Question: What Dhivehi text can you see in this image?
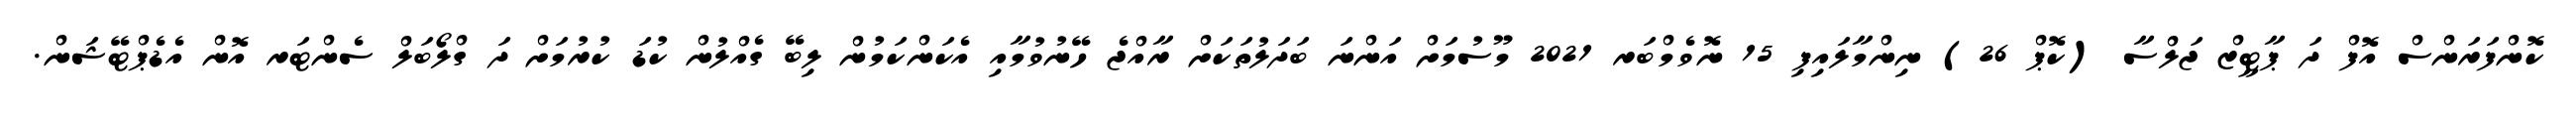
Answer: ކޮންފަރަންސް އޮފް ދަ ޕާޓީޒް ޖަލްސާ (ކޮޕް 26) ނިންމާލައިފި 15 ނޮވެމްބަރ 2021 މޫސުމަށް އަންނަ ބަދަލުތަކަށް ރާއްޖެ ހޭނުވުމާއި އެކަންކަމުން ލިބޭ ގެއްލުން ކުޑަ ކުރުމަށް ދަ ގްލޯބަލް ސެންޓަރ އޮން އެޑެޕްޓޭޝަން.